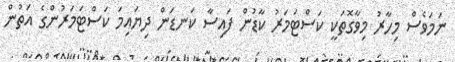
ނަމަވެސް މިހާރު މިވާގޮތަކީ ކަސްޓަމަރު ކާޑުން ފައިސާ ކަނޑަން ދިޔައިމަ ކަސްޓަމަރުންގެ އަތުން